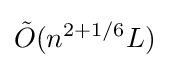
{\tilde {O}}(n^{2+1/6}L)